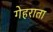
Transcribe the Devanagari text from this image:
गेहराता